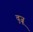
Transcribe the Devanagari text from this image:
वुजू